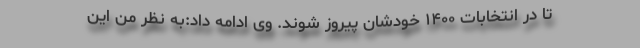
تا در انتخابات ۱۴۰۰ خودشان پیروز شوند. وی ادامه داد:به نظر من این